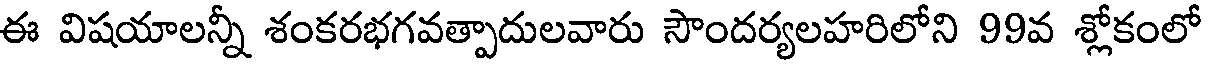
ఈ విషయాలన్నీ శంకరభగవత్పాదులవారు సౌందర్యలహరిలోని 99వ శ్లోకంలో